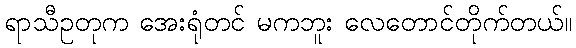
ရာသီဥတုက အေးရုံတင် မကဘူး လေတောင်တိုက်တယ်။